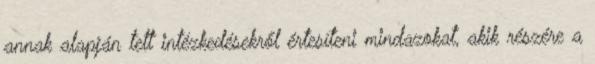
annak alapján tett intézkedésekről értesíteni mindazokat, akik részére a